Report on vaccination in Madras 1895-1903 - 1895-1903
Year: 1895
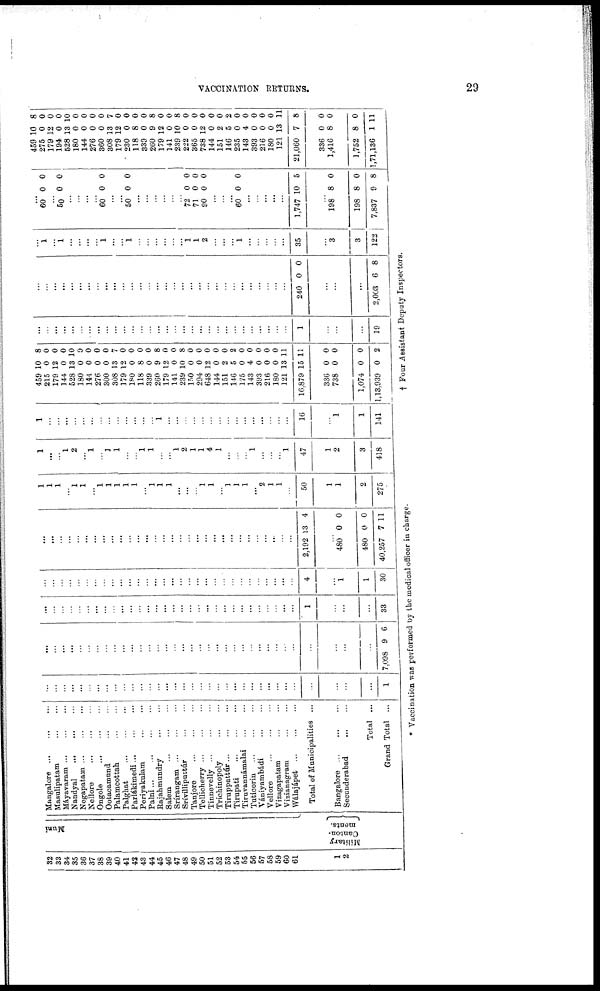
VACCINATION RETURNS.
29
32
33
34
35
36
37
38
39
40
41
42
43
44
45
46
47
48
49
50
51
52
53
54
55
56
57
58
59
60
61
1
2
Muni
Military
Canton-
meats.
Mangalore
...
...
...
Masulipatam ... ... ...
Máyavaram ... ... ...
Nandyal
...
...
...
Negapatam
...
...
...
Nellore
...
...
...
Ongole
...
...
...
Octacamund
...
...
Palamcottah ... ... ...
Palghat
...
...
...
Parlákimedi
...
...
...
Periyakulam ... ... ...
Palni
...
...
...
...
Rajahmundry
...
...
Salem
...
...
...
Srírangam
...
...
...
Srívilliputtúr ... ... ...
Tanjore
...
...
...
Tellicherry
...
...
...
Tinnevelly
...
...
...
Trichinopoly ... ... ...
Tiruppattúr
...
...
...
Tirupati
...
...
...
Tiruvannámalai ... ... ...
Tuticorin
...
...
...
Vániyambádi ... ... ...
Vellore
...
...
...
Vizagapatam ... ... ...
Vizianagram ... ... ...
Wálajápet
...
...
...
Total of Municipalities ...
Bangalore
...
...
...
Secunderabad
...
...
Total ...
Grand Total ...
...
...
...
...
...
...
...
...
...
...
...
...
...
...
...
...
...
...
...
...
...
...
...
...
...
...
...
...
...
...
...
...
...
...
1
...
...
...
...
...
...
...
...
...
...
...
...
...
...
...
...
...
...
...
...
...
...
...
...
...
...
...
...
...
...
...
...
...
...
7,098 9 6
...
...
...
...
...
...
...
...
...
...
...
...
...
...
...
...
...
...
...
...
...
...
...
...
...
...
...
...
...
...
1
...
...
...
33
...
...
...
...
...
...
...
...
...
...
...
...
...
...
...
...
...
...
...
...
...
...
...
...
...
...
...
...
...
...
4
...
1
1
30
...
...
...
...
...
...
...
...
...
...
...
...
...
...
...
...
...
...
...
...
...
...
...
...
...
...
...
...
...
...
2,192 13 4
...
480
480
40,257
0
0
7
0
0
11
1
1
1
...
1
1
...
1
1
1
1
1
...
1
1
1
...
...
...
1
1
...
1
1
1
...
2
1
1
...
50
1
1
2
275
1
...
...
1
2
...
1
...
1
1
...
...
1
1
...
...
1
2
1
1
4
1
...
...
...
1
...
...
...
1
47
1
2
3
418
1
...
...
...
...
...
...
...
...
...
...
...
...
...
1
...
...
...
...
...
...
...
...
...
...
...
...
...
...
...
16
...
1
1
141
459
215
179
144
528
180
144
276
300
308
179
180
118
339
260
179
141
239
150
294
648
144
151
146
175
143
393
216
180
121
16,879
336
738
1,074
1,13,939
10
0
12
0
13
0
0
0
0
13
12
0
8
0
9
12
0
10
0
0
12
0
2
5
0
4
0
0
0
13
15
0
0
0
0
8
0
0
0
10
0
0
0
0
7
0
0
0
0
8
0
0
8
0
0
0
0
0
2
0
0
0
0
0
11
11
0
0
0
2
...
...
...
...
...
...
...
...
...
...
...
...
...
...
...
...
...
...
...
...
...
...
...
...
...
...
...
...
...
...
1
...
...
...
19
...
...
...
...
...
...
...
...
...
...
...
...
...
...
...
...
...
...
...
...
...
...
...
...
...
...
...
...
...
...
240 0 0
...
...
...
2,003 6 8
...
1
...
1
...
...
...
...
1
...
...
1
...
...
...
...
...
...
1
1
2
...
...
...
1
...
...
...
...
...
35
...
3
3
122
...
60 0 0
...
50 0 0
...
...
...
...
60 0 0
...
...
50 0 0
...
...
...
...
...
...
72
71
90
0
0
0
0
0
0
...
...
...
60 0 0
...
...
...
...
...
1,747 10 5
...
198
198
7,837
8
8
9
0
0
8
459
275
179
194
528
180
144
276
360
308
179
230
118
339
260
179
141
239
222
365
738
144
151
146
235
143
393
216
180
121
21,060
336
1,416
1,752
1,71,136
10
0
12
0
13
0
0
0
0
13
12
0
8
0
9
12
0
10
0
0
12
0
2
5
0
4
0
0
0
13
7
0
8
8
1
8
0
0
0
10
0
0
0
0
7
0
0
0
0
8
0
0
8
0
0
0
0
0
2
0
0
0
0
0
11
8
0
0
0
11
* Vaccination was performed by the medical officer in charge.
† Four Assistant Deputy Inspectors.